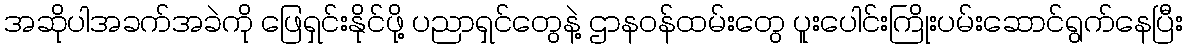
အဆိုပါအခက်အခဲကို ဖြေရှင်းနိုင်ဖို့ ပညာရှင်တွေနဲ့ ဌာနဝန်ထမ်းတွေ ပူးပေါင်းကြိုးပမ်းဆောင်ရွက်နေပြီး